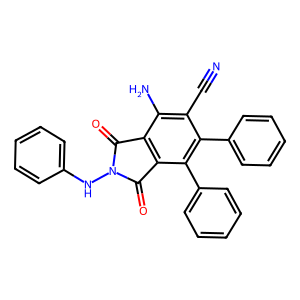
SMILES: N#Cc1c(N)c2c(c(-c3ccccc3)c1-c1ccccc1)C(=O)N(Nc1ccccc1)C2=O
Inhibits HIV replication: No